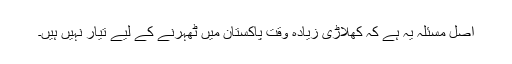
اصل مسئلہ یہ ہے کہ کھلاڑی زیادہ وقت پاکستان میں ٹھہرنے کے لیے تیار نہیں ہیں۔